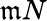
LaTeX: \mathfrak{m}N